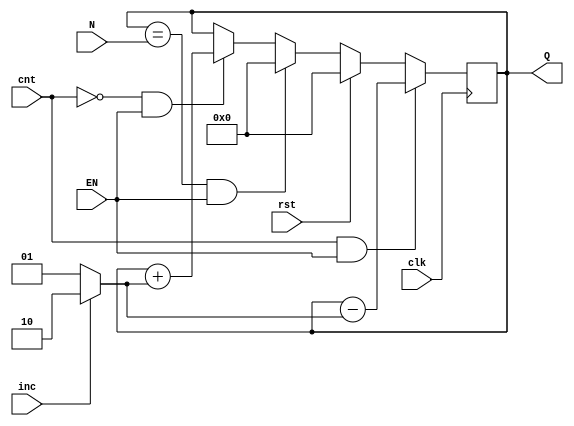
`timescale 1ns / 1ps
//////////////////////////////////////////////////////////////////////////////////
// Company: 
// Engineer: 
// 
// Design Name: 
// Module Name:    moduloNcounter 
// Project Name: 
// Target Devices: 
// Tool versions: 
// Description: 
//
// Dependencies: 
//
// Revision: 
// Revision 0.01 - File Created
// Additional Comments: 
//
//////////////////////////////////////////////////////////////////////////////////
module moduloNcounter(
    input clk,
    input rst,
    input cnt,
    output reg [3:0] Q,
    input inc,
    input EN,
    input [4:0] N
    );
wire [1:0] step;
assign step = inc ? 2 : 1;

always @ (posedge clk)
begin

if (rst)
	Q <= 0;
	
else if(Q == N & EN)
	Q <= 0;

	
else
	if(!cnt & EN)
		Q<= Q+step;
	if (cnt & EN)
		Q<=Q-step;
end

endmodule